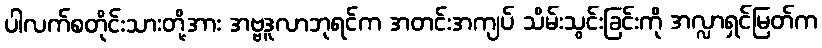
ပါလက်စတိုင်းသားတို့အား အဗ္ဗဒူလာဘုရင်က အတင်းအကျပ် သိမ်းသွင်းခြင်းကို အလ္လာရှင်မြတ်က